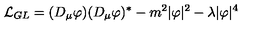
{ \cal L } _ { G L } = ( D _ { \mu } \varphi ) ( D _ { \mu } \varphi ) ^ { \ast } - m ^ { 2 } | \varphi | ^ { 2 } - \lambda | \varphi | ^ { 4 }